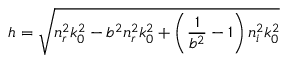
h = \sqrt { n _ { r } ^ { 2 } k _ { 0 } ^ { 2 } - b ^ { 2 } n _ { r } ^ { 2 } k _ { 0 } ^ { 2 } + \left( \frac { 1 } { b ^ { 2 } } - 1 \right) n _ { i } ^ { 2 } k _ { 0 } ^ { 2 } }